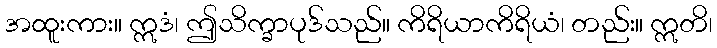
အထူးကား။ ဣဒံ၊ ဤသိက္ခာပုဒ်သည်။ ကိရိယာကိရိယံ၊ တည်း။ ဣတိ၊